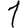
Digit: 1